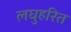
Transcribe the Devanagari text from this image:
लघुहरित